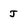
Character: J